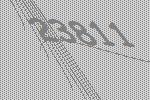
23811